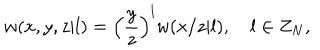
LaTeX: w ( x , y , z | l ) = { \Bigl ( } { \frac { y } { z } } { \Bigr ) } ^ { l } w ( x / z | l ) , \quad l \in Z _ { N } ,